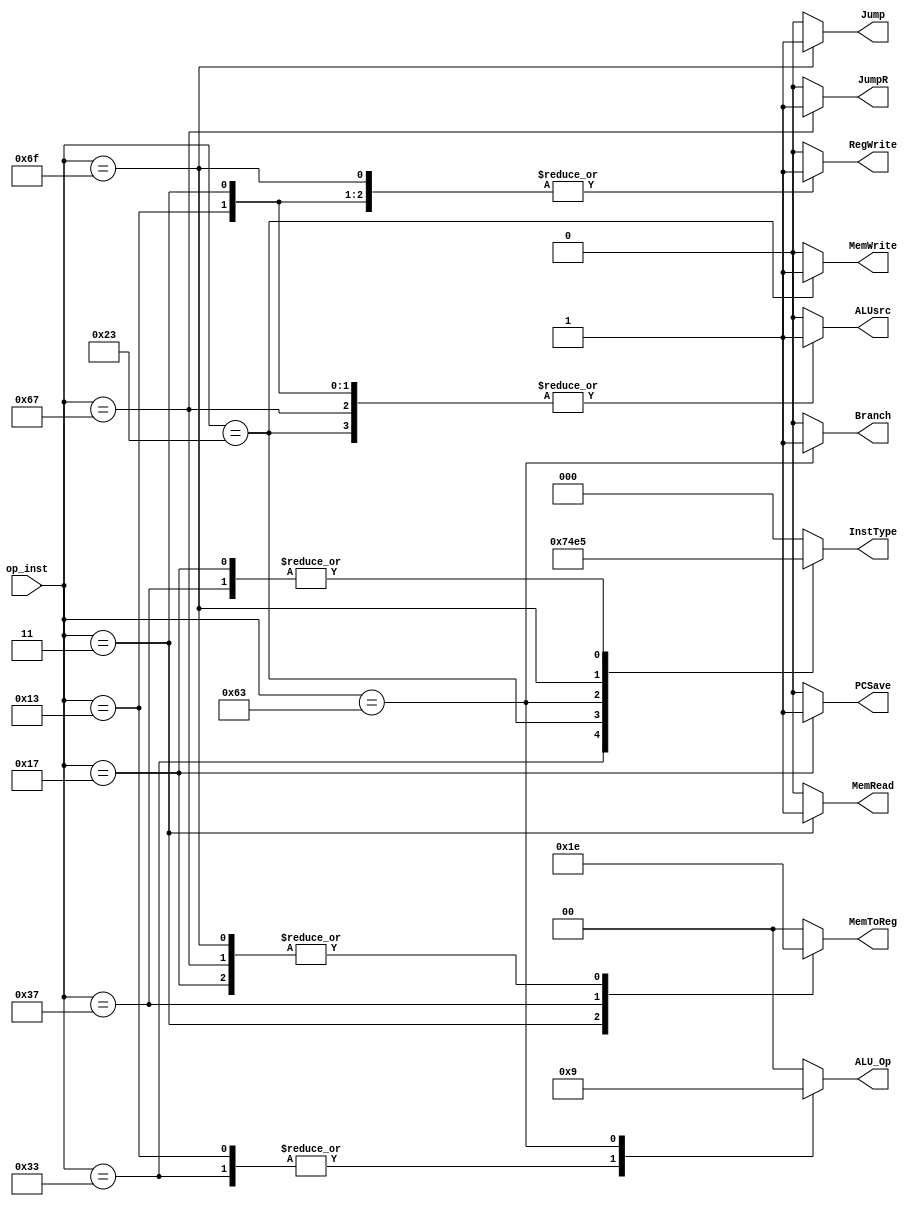
module Control (
	input [6:0]op_inst,
	output reg [2:0] InstType,
	output reg	Jump,
					JumpR,
					Branch,
					MemRead,
					MemWrite,
					ALUsrc,
					RegWrite,
					PCSave,
	output reg [1:0] 	ALU_Op,
							MemToReg
);

localparam R_Type = 7'h33;
localparam I_Logic_Type = 7'h13;
localparam I_Load_Type = 7'h03;
localparam S_Type = 7'h23;
localparam B_Type = 7'h63;
localparam J_Type = 7'h6F;
localparam I_Jump_Type = 7'h67;
localparam U_Load_Type = 7'h37;
localparam U_Add_Type = 7'h17;

always @ * begin
	case (op_inst)
		R_Type:
		begin
			InstType = 3'b111;
			ALU_Op = 2'b10;
			Jump = 1'b0;
			JumpR = 1'b0;
			Branch = 1'b0;
			MemRead = 1'b0;
			MemToReg = 2'b00;
			MemWrite = 1'b0;
			ALUsrc = 1'b0;
			RegWrite = 1'b1;
			PCSave = 1'b0;
		end
		I_Logic_Type:
		begin
			InstType = 3'b000;
			ALU_Op = 2'b10;
			Jump = 1'b0;
			JumpR = 1'b0;
			Branch = 1'b0;
			MemRead = 1'b0;
			MemToReg = 2'b00;
			MemWrite = 1'b0;
			ALUsrc = 1'b1;
			RegWrite = 1'b1;
			PCSave = 1'b0;
		end
		I_Load_Type:
		begin
			InstType = 3'b000;
			ALU_Op = 2'b00;
			Jump = 1'b0;
			JumpR = 1'b0;
			Branch = 1'b0;
			MemRead = 1'b1;
			MemToReg = 2'b01;
			MemWrite = 1'b0;
			ALUsrc = 1'b1;
			RegWrite = 1'b1;
			PCSave = 1'b0;
		end
		S_Type:
		begin
			InstType = 3'b010;
			ALU_Op = 2'b00;
			Jump = 1'b0;
			JumpR = 1'b0;
			Branch = 1'b0;
			MemRead = 1'b0;
			MemToReg = 2'b00;
			MemWrite = 1'b1;
			ALUsrc = 1'b1;
			RegWrite = 1'b0;
			PCSave = 1'b0;
		end
		B_Type:
		begin
			InstType = 3'b011;
			ALU_Op = 2'b01;
			Jump = 1'b0;
			JumpR = 1'b0;
			Branch = 1'b1;
			MemRead = 1'b0;
			MemToReg = 2'b00;
			MemWrite = 1'b0;
			ALUsrc = 1'b0;
			RegWrite = 1'b0;
			PCSave = 1'b0;
		end
		J_Type:
		begin
			InstType = 3'b100;
			ALU_Op = 2'b00;
			Jump = 1'b1;
			JumpR = 1'b0;
			Branch = 1'b0;
			MemRead = 1'b0;
			MemToReg = 2'b10;
			MemWrite = 1'b0;
			ALUsrc = 1'b0;
			RegWrite = 1'b1;
			PCSave = 1'b0;
		end
		I_Jump_Type:
		begin
			InstType = 3'b000;
			ALU_Op = 2'b00;
			Jump = 1'b0;
			JumpR = 1'b1;
			Branch = 1'b0;
			MemRead = 1'b0;
			MemToReg = 2'b10;
			MemWrite = 1'b0;
			ALUsrc = 1'b1;
			RegWrite = 1'b1;
			PCSave = 1'b0;
		end
		U_Load_Type:
		begin
			InstType = 3'b101;
			ALU_Op = 1'b00;
			Jump = 1'b0;
			JumpR = 1'b0;
			Branch = 1'b0;
			MemRead = 1'b0;
			MemToReg = 2'b11;
			MemWrite = 1'b0;
			ALUsrc = 1'b0;
			RegWrite = 1'b1;
			PCSave = 1'b0;
		end
		U_Add_Type:
		begin
			InstType = 3'b101;
			ALU_Op = 1'b00;
			Jump = 1'b0;
			JumpR = 1'b0;
			Branch = 1'b0;
			MemRead = 1'b0;
			MemToReg = 2'b10;
			MemWrite = 1'b0;
			ALUsrc = 1'b0;
			RegWrite = 1'b1;
			PCSave = 1'b1;
		end
		default:
		begin
			InstType = 3'b000;
			ALU_Op = 1'b00;
			Jump = 1'b0;
			JumpR = 1'b0;
			Branch = 1'b0;
			MemRead = 1'b0;
			MemToReg = 2'b00;
			MemWrite = 1'b0;
			ALUsrc = 1'b0;
			RegWrite = 1'b0;
			PCSave = 1'b0;
		end
	endcase
end

endmodule